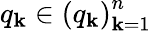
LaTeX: q_{\mathbf{k}}\in\left(q_{\mathbf{k}}\right)_{\mathbf{k}=1}^{n}